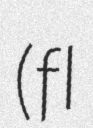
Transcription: (fl